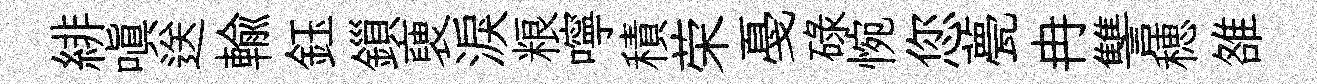
緋嗔送輸鈺鎻褏淚粮嚀積荣戞碌惋您甍冉讐穂雒